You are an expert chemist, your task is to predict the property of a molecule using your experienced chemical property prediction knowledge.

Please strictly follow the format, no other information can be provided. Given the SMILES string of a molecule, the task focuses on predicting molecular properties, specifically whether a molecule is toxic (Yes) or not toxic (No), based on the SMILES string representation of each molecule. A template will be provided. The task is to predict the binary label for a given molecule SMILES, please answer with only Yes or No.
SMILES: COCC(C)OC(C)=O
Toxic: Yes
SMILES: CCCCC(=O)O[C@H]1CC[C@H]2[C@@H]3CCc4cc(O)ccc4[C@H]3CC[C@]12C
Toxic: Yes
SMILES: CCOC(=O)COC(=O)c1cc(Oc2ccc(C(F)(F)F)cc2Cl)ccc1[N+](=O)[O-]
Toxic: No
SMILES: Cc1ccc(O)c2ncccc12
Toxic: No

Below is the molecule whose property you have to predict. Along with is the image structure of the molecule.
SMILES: C#CCOC(=O)[C@@H](C)Oc1ccc(Oc2ncc(Cl)cc2F)cc1
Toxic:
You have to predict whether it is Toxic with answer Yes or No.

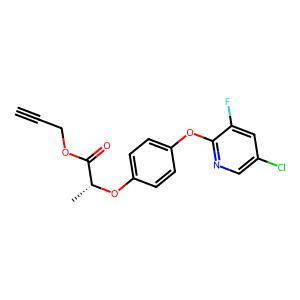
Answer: No